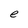
Character: e